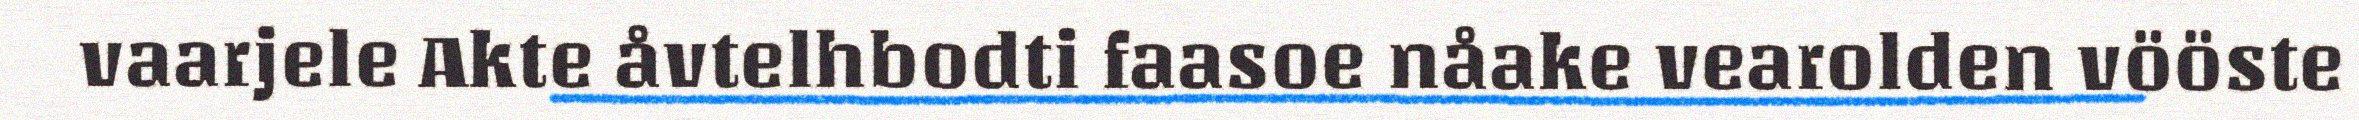
vaarjele Akte åvtelhbodti faasoe nåake vearolden vööste